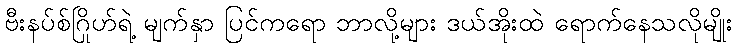
ဗီးနပ်စ်ဂြိုဟ်ရဲ့ မျက်နှာ ပြင်ကရော ဘာလို့များ ဒယ်အိုးထဲ ရောက်နေသလိုမျိုး